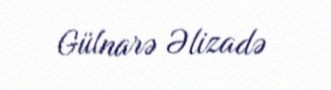
Gülnarə Əlizadə